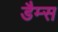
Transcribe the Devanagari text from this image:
डैम्स